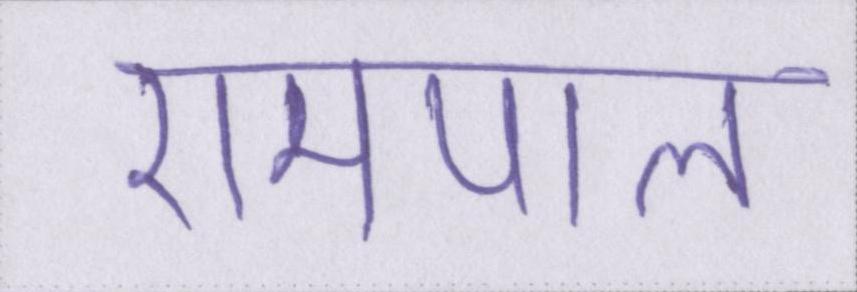
रामपाल